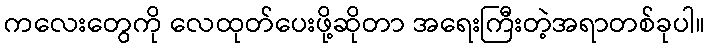
ကလေးတွေကို လေထုတ်ပေးဖို့ဆိုတာ အရေးကြီးတဲ့အရာတစ်ခုပါ။